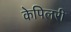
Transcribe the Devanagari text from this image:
केपिलरी